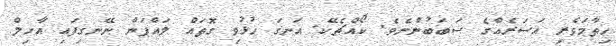
ހިތާމަވެރި އަސަރެއްގެ ސަބަބުންނެވެ. ކޯއްޗެކޭ. އަނގަ ހުޅުވި ގޮތައް ލައްޕަން ނޭނގިފައި އާހިލް